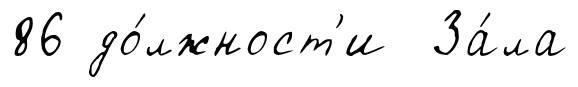
86 до́лжност'и За́ла